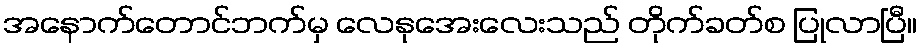
အနောက်တောင်ဘက်မှ လေနုအေးလေးသည် တိုက်ခတ်စ ပြုလာပြီ။